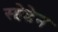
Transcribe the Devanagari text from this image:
स्व्वेडेन